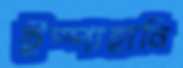
ইস্পাহানি